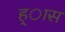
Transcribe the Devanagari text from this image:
ह्ास